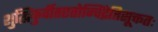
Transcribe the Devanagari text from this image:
शुद्धिंकुर्वीतएतोन्विंद्रेतिसूक्ततः